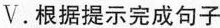
V.根据提示完成句子